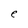
Character: e